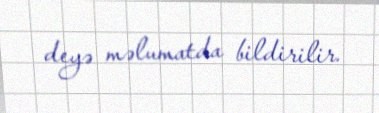
deyə məlumatda bildirilir.